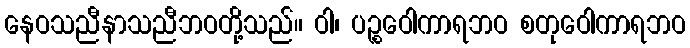
နေဝသညီနာသညီဘဝတို့သည်။ ဝါ၊ ပဉ္စဝေါကာရဘဝ စတုဝေါကာရဘဝ